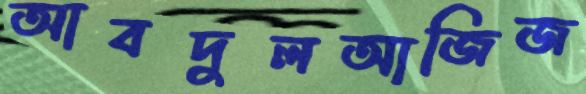
আবদুলআজিজ